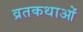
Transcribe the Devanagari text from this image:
व्रतकथाओं